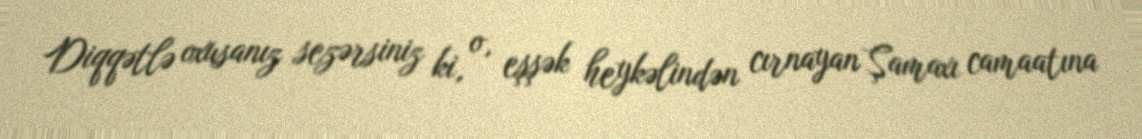
Diqqətlə oxusanız sezərsiniz ki, o, eşşək heykəlindən cırnayan Şamaxı camaatına